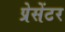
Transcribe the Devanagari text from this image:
प्रेसेंटर